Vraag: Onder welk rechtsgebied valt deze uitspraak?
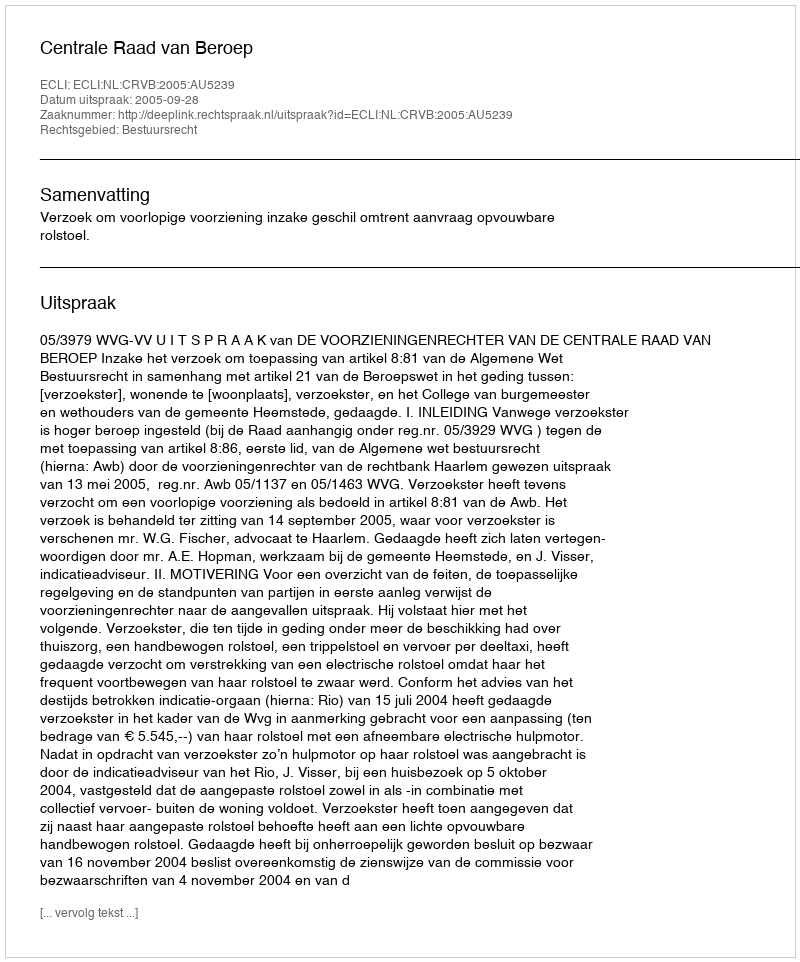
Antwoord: Bestuursrecht